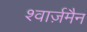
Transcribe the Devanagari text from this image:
श्वार्ज़मैन